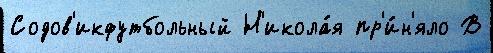
Содов'икфутбольный Н'икола́я пр'и́н'яло В